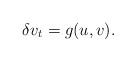
LaTeX: \begin{align*} \delta v_t=g(u,v). \end{align*}